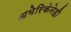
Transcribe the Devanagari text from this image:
अमेरिकेनेही